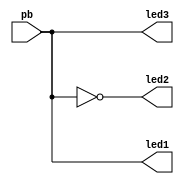
module first(led1,led2,led3,pb);
output led1;
output led2;
output led3;
input pb;

reg led1,led2,led3;
wire pb;
always @(pb)
begin 
led1=pb;
led2=~pb;
led3=pb;
end
endmodule